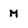
Character: M